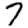
Digit: 7